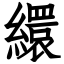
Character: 繯